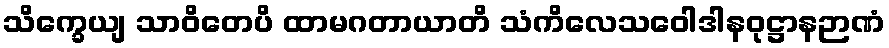
သိက္ခေယျ သာဝိတေပိ ထာမဂတာယာတိ သံကိလေသဝေါဒါနဝုဋ္ဌာနဉာဏံ